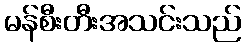
မန်စီးတီးအသင်းသည်